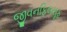
જીવનફિલસૂફ